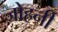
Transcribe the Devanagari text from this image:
जोहनी